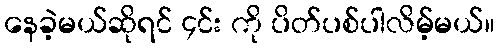
နေခဲ့မယ်ဆိုရင် ၄င်း ကို ပိတ်ပစ်ပါလိမ့်မယ်။